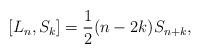
LaTeX: \begin{align*}\left[L_n, S_k\right]=\frac{1}{2}(n-2k)S_{n+k},\end{align*}